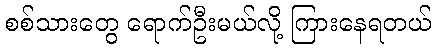
စစ်သားတွေ ရောက်ဦးမယ်လို့ ကြားနေရတယ်